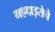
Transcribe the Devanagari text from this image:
महदाइसेचे